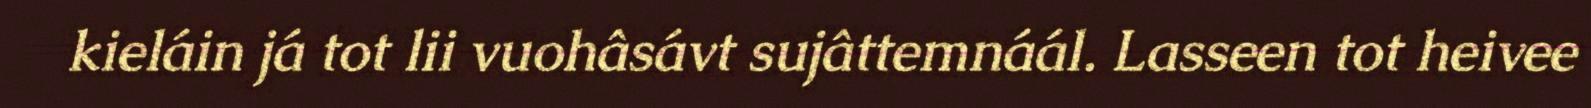
kieláin já tot lii vuohâsávt sujâttemnáál. Lasseen tot heivee